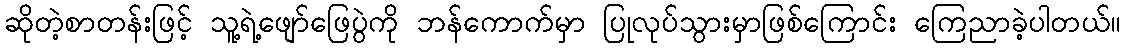
ဆိုတဲ့စာတန်းဖြင့် သူ့ရဲ့ဖျော်ဖြေပွဲကို ဘန်ကောက်မှာ ပြုလုပ်သွားမှာဖြစ်ကြောင်း ကြေညာခဲ့ပါတယ်။